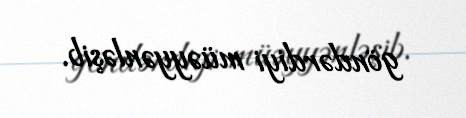
göndərdiyi müəyyənləşib.